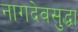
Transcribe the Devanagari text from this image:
नागदेवसुद्धा